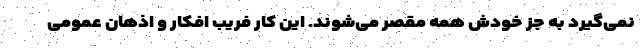
نمی‌گیرد به جز خودش همه مقصر می‌شوند. این کار فریب افکار و اذهان عمومی